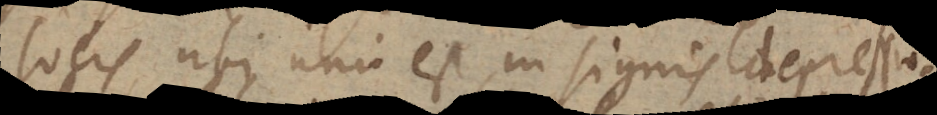
locis, ubi uni est in signis depressio-